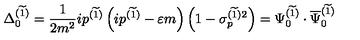
\Delta _ { 0 } ^ { ( \widetilde { 1 } ) } = \frac 1 { 2 m ^ { 2 } } i p ^ { ( \widetilde { 1 } ) } \left( i p ^ { ( \widetilde { 1 } ) } - \varepsilon m \right) \left( 1 - \sigma _ { p } ^ { ( \widetilde { 1 } ) 2 } \right) = \Psi _ { 0 } ^ { ( \widetilde { 1 } ) } \cdot \overline { { \Psi } } _ { 0 } ^ { ( \widetilde { 1 } ) }